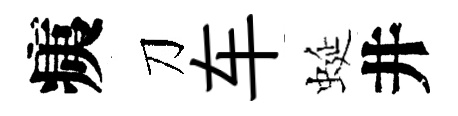
痍刀车蜒井